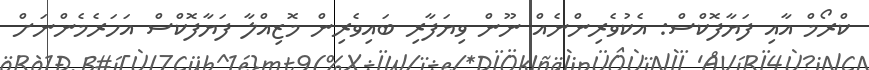
ކްރޯމް އާއި ފަޔާފޮކްސް: އެކުވެރިންނެއް ނޫން ވިޔަފާރި ބައިވެރިން މޮޒިއްލާ ފަޔާފޮކްސް އަހަރެމެންނަށް